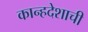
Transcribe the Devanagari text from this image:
कान्हदेशाची